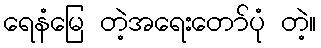
ရေနံမြေ တဲ့အရေးတော်ပုံ တဲ့။